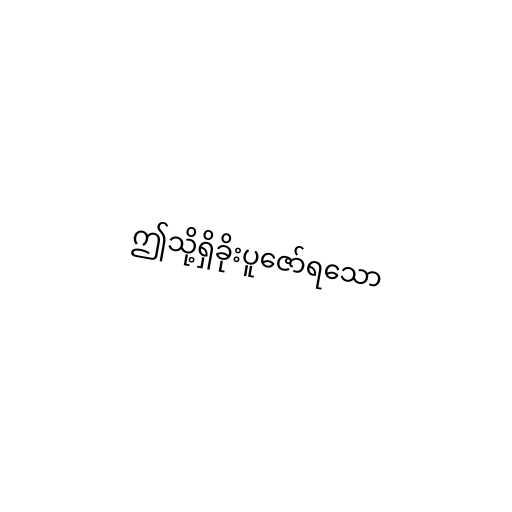
ဤသို့ရှိခိုးပူဇော်ရသော